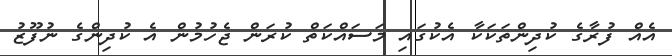
އެއް ފުރާގެ ކުދިންތަކަކާ އެކުގައި މަސައްކަތް ކުރަން ޖެހުމުން އެ ކުދިންގެ ނުފޫޒު